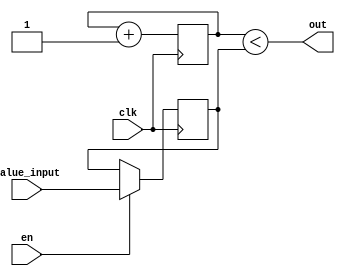
//pwm module, outputs a pulse width according to the value written
//max width 255 cycles

module pwm(input clk, input en, input [7:0] value_input, output out);
   reg [7:0] counter;
   reg [7:0] value; //max 255

   assign out = (counter < value);

   initial begin
      counter = 0;
      value = 255;
   end

   always @(posedge clk)
   begin
      counter <= counter + 1;
      
      if(en == 1'b1) begin
        value <= value_input;
      end;
   end
endmodule